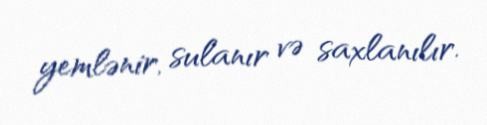
yemlənir, sulanır və saxlanılır.